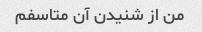
من از شنیدن آن متاسفم